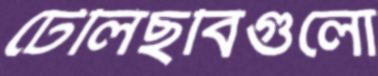
টেলিছবিগুলো